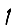
Digit: 1